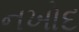
નખોદ